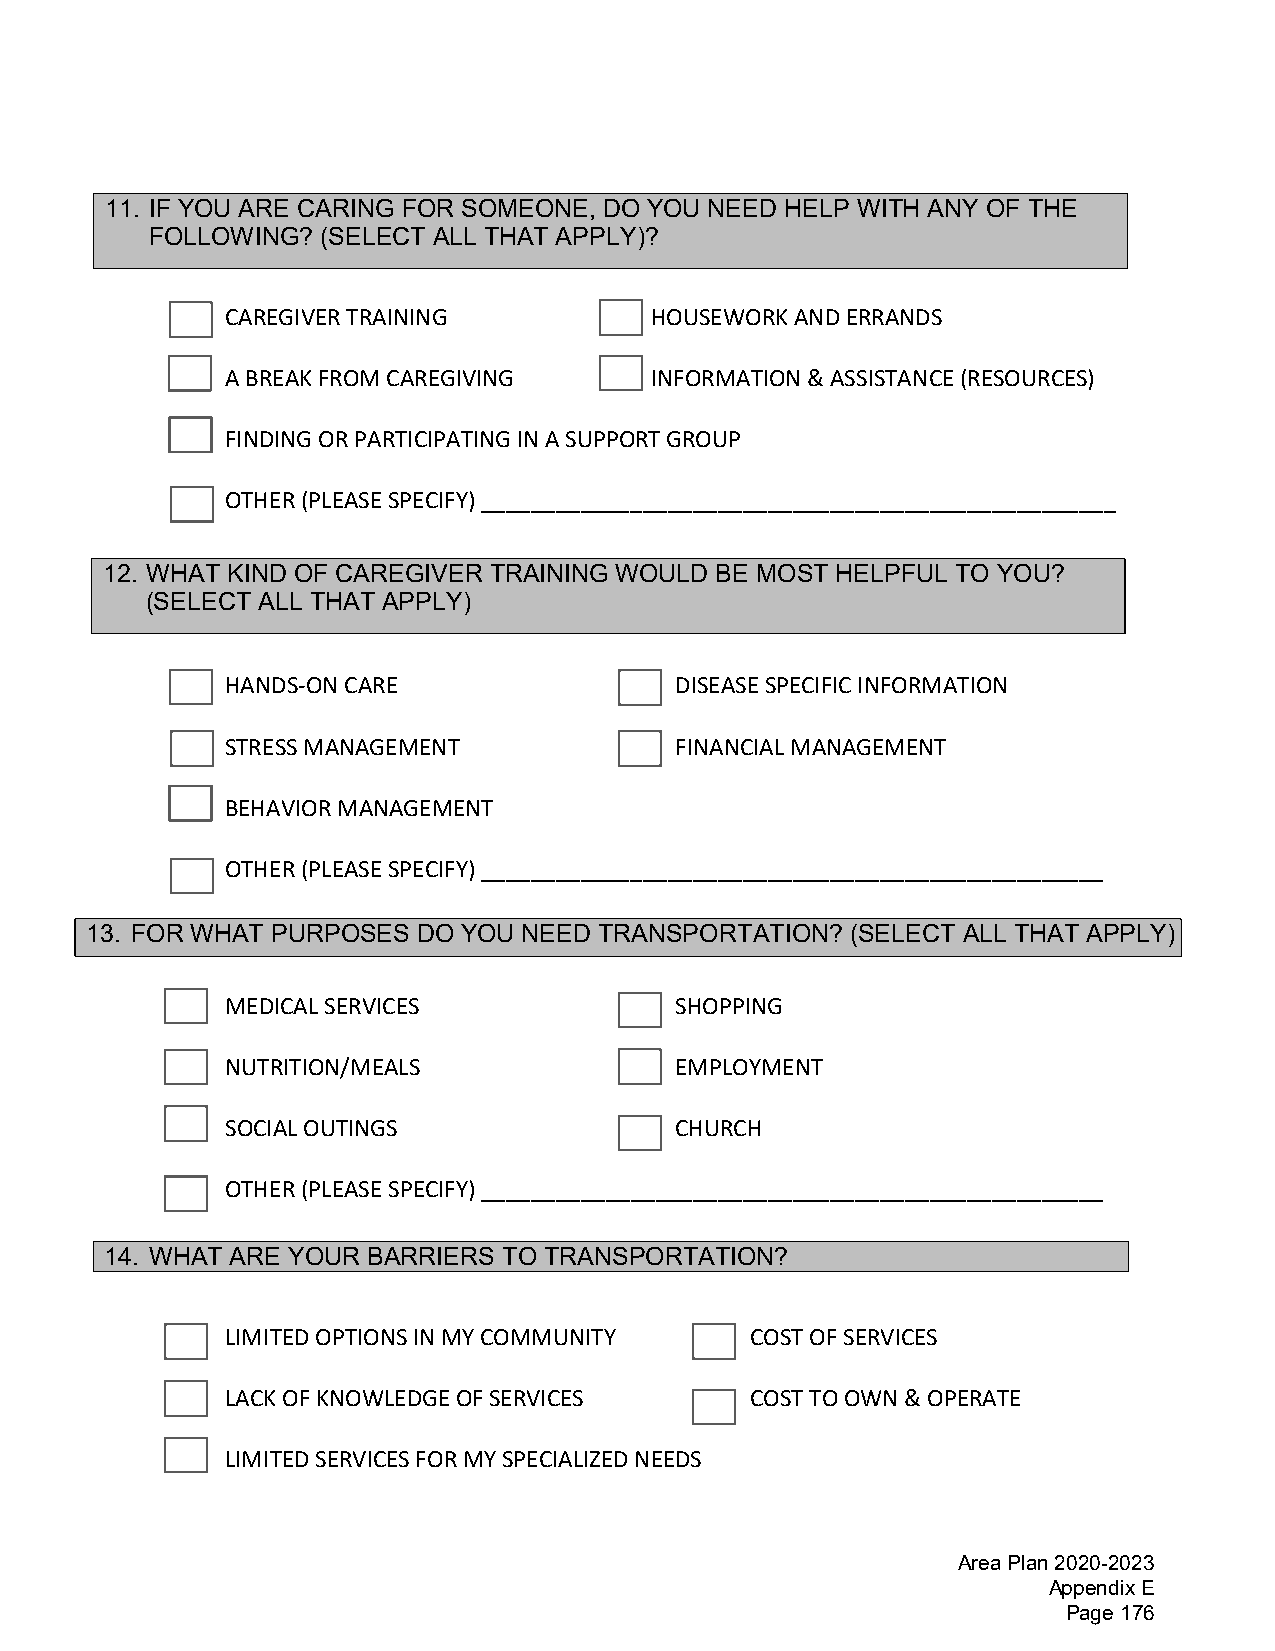
11. IF YOU ARE CARING FOR SOMEONE, DO YOU NEED HELP WITH ANY OF THE
 FOLLOWING? (SELECT ALL THAT APPLY)?
 CAREGIVER TRAINING          HOUSEWORK AND ERRANDS
 A BREAK FROM CAREGIVING     INFORMATION & ASSISTANCE (RESOURCES)
 FINDING OR PARTICIPATING IN A SUPPORT GROUP
 OTHER (PLEASE SPECIFY) ___________________________________________________
 12. WHAT KIND OF CAREGIVER TRAINING WOULD BE MOST HELPFUL TO YOU?
 (SELECT ALL THAT APPLY)
 HANDS-ON CARE                 DISEASE SPECIFIC INFORMATION
 STRESS MANAGEMENT             FINANCIAL MANAGEMENT
 BEHAVIOR MANAGEMENT
 OTHER (PLEASE SPECIFY) __________________________________________________
 13. FOR WHAT PURPOSES DO YOU NEED TRANSPORTATION? (SELECT ALL THAT APPLY)
 MEDICAL SERVICES              SHOPPING
 NUTRITION/MEALS               EMPLOYMENT
 SOCIAL OUTINGS                CHURCH
 OTHER (PLEASE SPECIFY) __________________________________________________
 14. WHAT ARE YOUR BARRIERS TO TRANSPORTATION?
 LIMITED OPTIONS IN MY COMMUNITY    COST OF SERVICES
 LACK OF KNOWLEDGE OF SERVICES      COST TO OWN & OPERATE
 LIMITED SERVICES FOR MY SPECIALIZED NEEDS
 Area Plan 2020-2023
 Appendix E
 Page 176